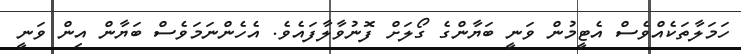
ހަމަލާތަކެއްވެސް އެޓީމުން ވަނީ ބަޔާންގެ ގޯލަށް ފޮނުވާލާފައެވެ. އެހެންނަމަވެސް ބަޔާން އިން ވަނީ